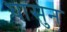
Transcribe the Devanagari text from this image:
घासुन